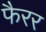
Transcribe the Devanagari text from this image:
फैरर